65_HS1-834228961_62-HQ-83894_Section_1
Agency: FBI
Page 89
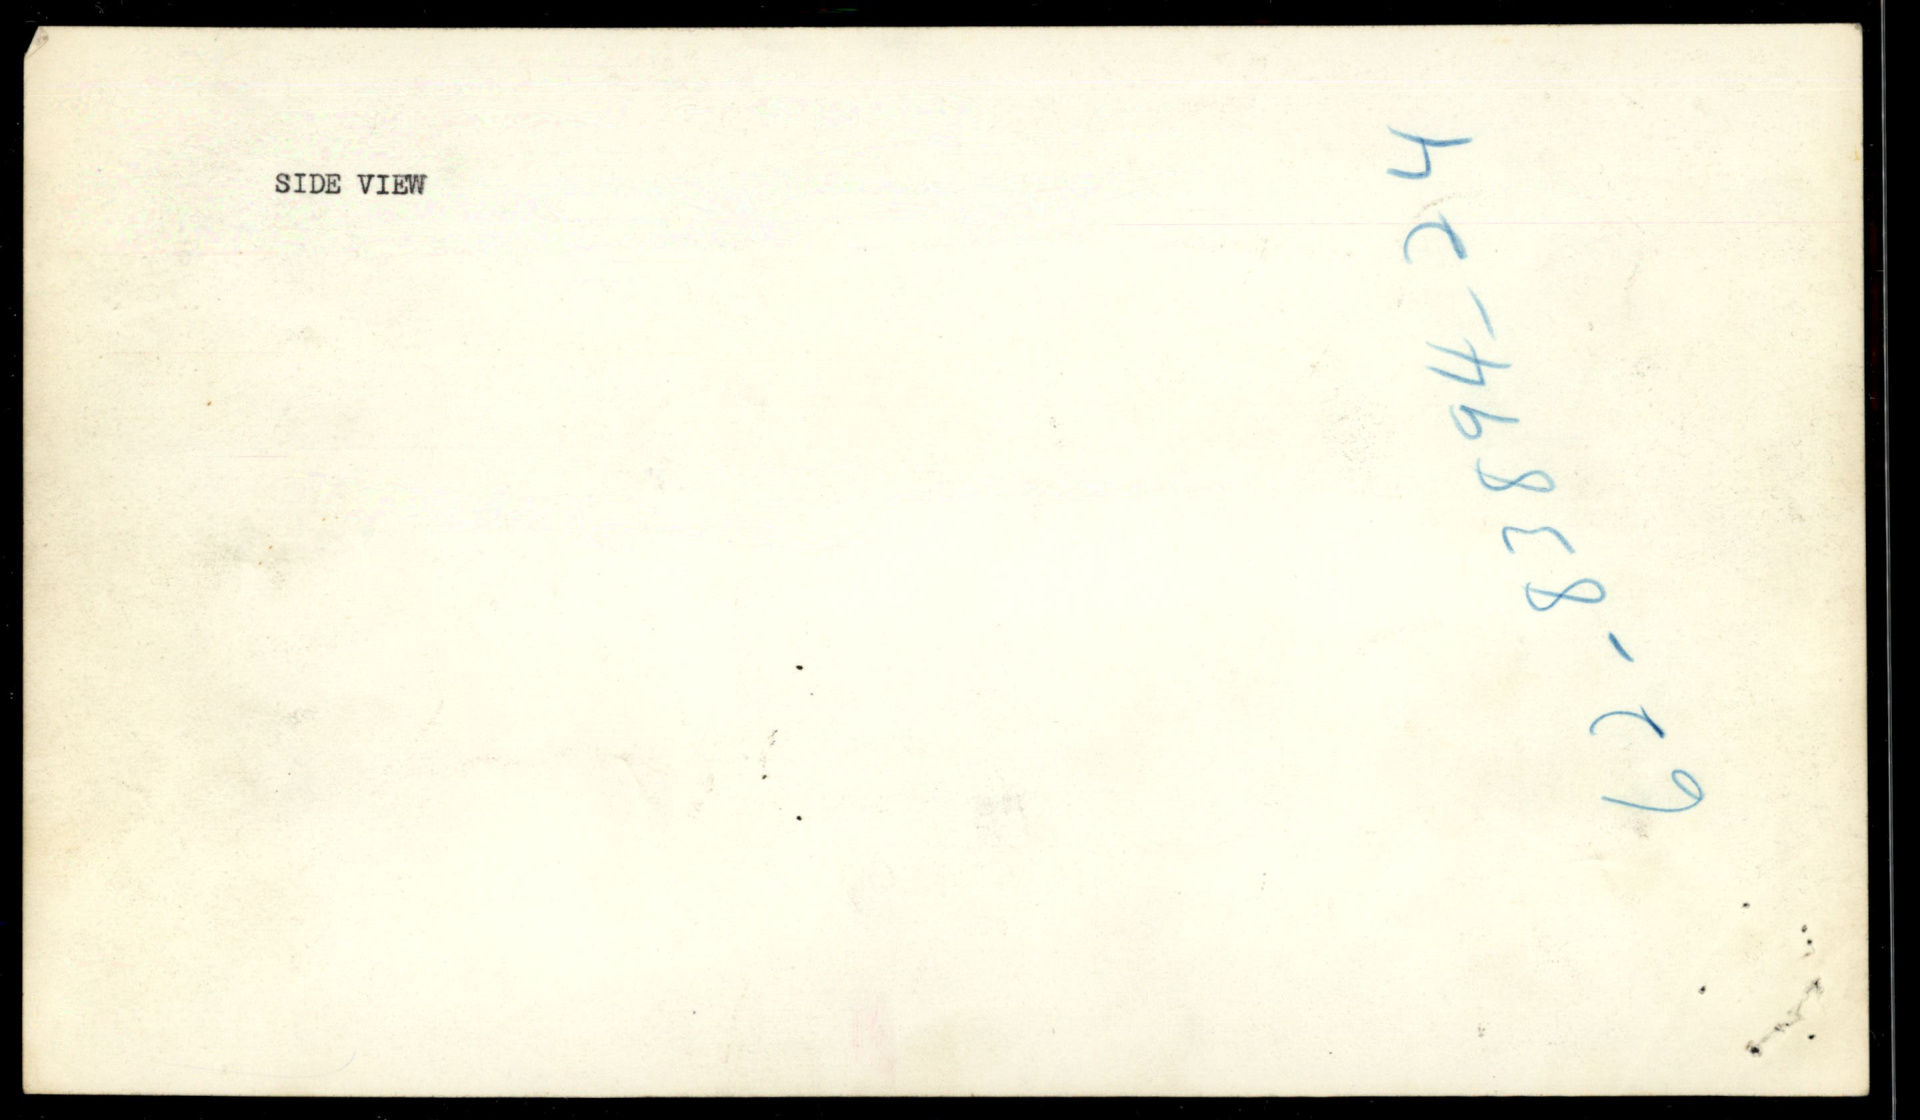